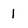
Character: 1